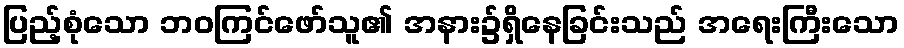
ပြည့်စုံသော ဘဝကြင်ဖော်သူ၏ အနား၌ရှိနေခြင်းသည် အရေးကြီးသော